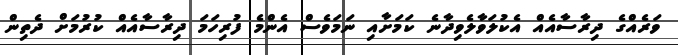
ވަރެއްގެ ދިރާސާއެއް އެކުލަވާލެވިދާނެ ކަމަށާއި ނަމަވެސް އެންމެ ފުރިހަމަ ދިރާސާއެއް ކުރުމަށް ދެތިން